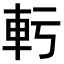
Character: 𫏲